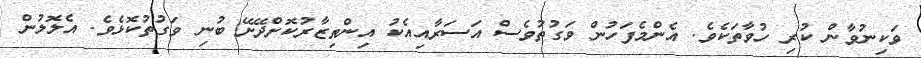
ވަކިނުވާން ކުރި ހުވާތަކެވެ. އެންމެފަހުން ވަގުތުވެސް އަސަރާއިއެކު އިންތިޒާރުކޮށްދޭށޭ ބުނި ވަގުތުކޮޅެވެ. އެލޮލުން